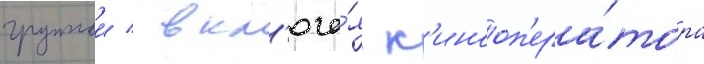
группои / вкл'юча́я к'инооп'ера́тора